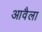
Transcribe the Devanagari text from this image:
आवैला